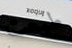
طبعت